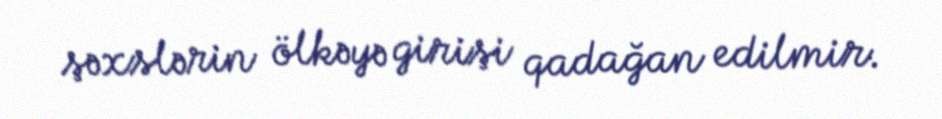
şəxslərin ölkəyə girişi qadağan edilmir.